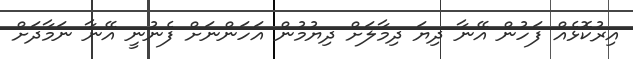
އިރުކޮޅެއް ފަހުން އޭނާ ދިޔަ ދިމާލަށް ދިޔުމުން އަހަންނަށް ފެނުނީ އޭނާ ނަމާދަށް